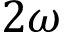
2 \omega